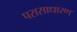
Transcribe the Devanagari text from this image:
परासाधारण